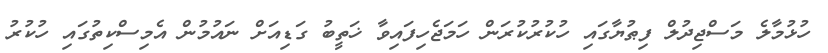
ހުޅުމާލެ މަސްޖިދުލް ފިޠުޔާގައި ހުކުރުކުރަން ހަމަޖެހިފައިވާ ޚަތީބު ގަޑިއަށް ނައުމުން އެމިސްކިތުގައި ހުކުރު